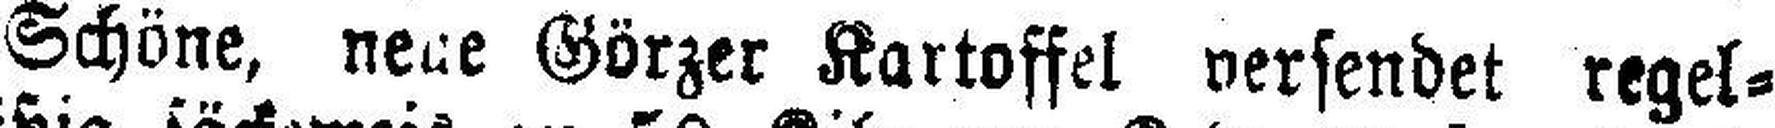
Schöne, neue Görzer Kartoffel versendet regel¬